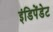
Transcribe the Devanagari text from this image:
इंडिपेंडेट